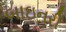
બાઇનરી